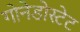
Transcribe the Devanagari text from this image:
गोनेडोस्टेट